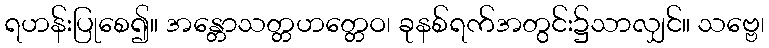
ရဟန်းပြုစေ၍။ အန္တောသတ္တဟတ္တေဝ၊ ခုနစ်ရက်အတွင်း၌သာလျှင်။ သဗ္ဗေ၊